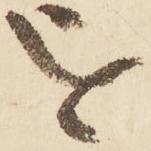
を